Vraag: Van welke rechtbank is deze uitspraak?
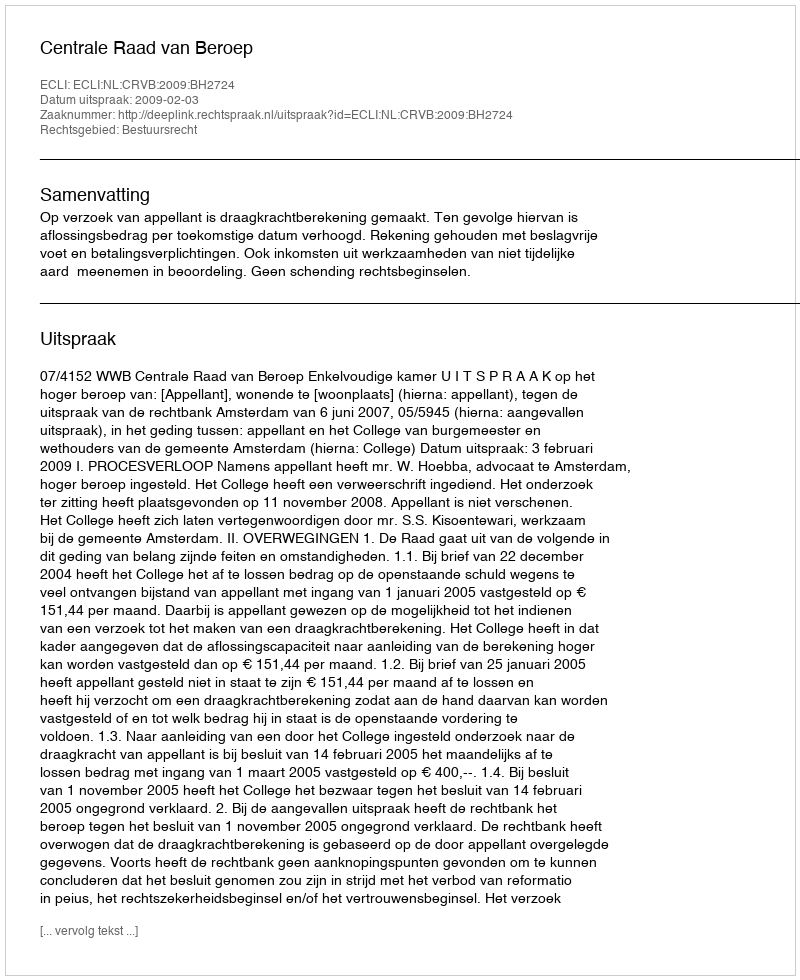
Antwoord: Centrale Raad van Beroep